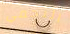
النجمي